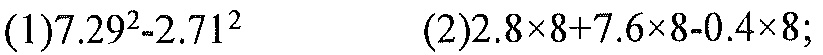
(1)\(7.29^{2}-2.71^{2}\)  (2)\(2.8\times8 + 7.6\times8-0.4\times8\);